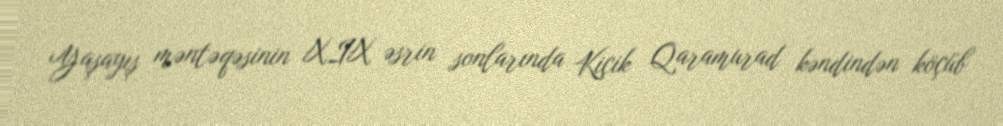
Yaşayış məntəqəsinin XIX əsrin sonlarında Kiçik Qaramurad kəndindən köçüb